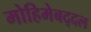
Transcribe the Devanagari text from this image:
मोहिमेबद्दल